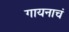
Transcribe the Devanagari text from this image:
गायनाचं